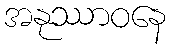
အနုဿာဝနေ